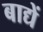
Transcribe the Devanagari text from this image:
बाद्यें